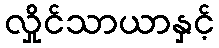
လှိုင်သာယာနှင့်